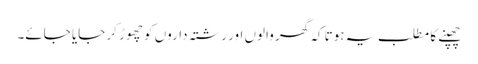
چھپنے کا مطلب یہ ہوتا کہ گھر والوں اور رشتہ داروں کو چھوڑ کر جایا جائے۔